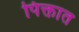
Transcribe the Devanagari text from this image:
पिक्तात